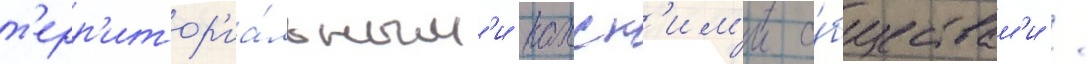
т'ерр'итор'иа́льным'и нахск'им'и о́бществам'и /